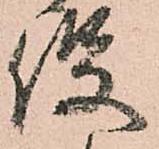
役